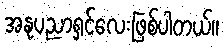
အနုပညာရှင်လေးဖြစ်ပါတယ်။